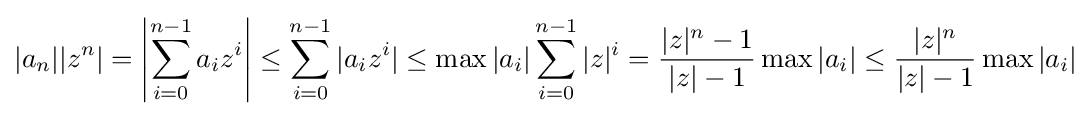
|a_{n}||z^{n}|=\left|\sum _{i=0}^{n-1}a_{i}z^{i}\right|\leq \sum _{i=0}^{n-1}|a_{i}z^{i}|\leq \max |a_{i}|\sum _{i=0}^{n-1}|z|^{i}={\frac {|z|^{n}-1}{|z|-1}}\max |a_{i}|\leq {\frac {|z|^{n}}{|z|-1}}\max |a_{i}|